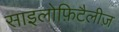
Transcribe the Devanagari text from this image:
साइलोफ़िटैलीज़